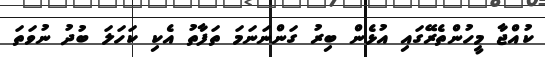
ކުއްޖާ މީހުންތެރޭގައި އުޅެން ބިރު ގަންނަނަމަ ތަފާތު އެކި ކަހަލަ ބުދު ނުވަތަ